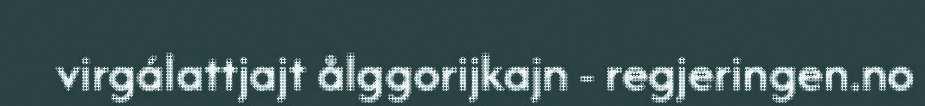
virgálattjajt ålggorijkajn - regjeringen.no